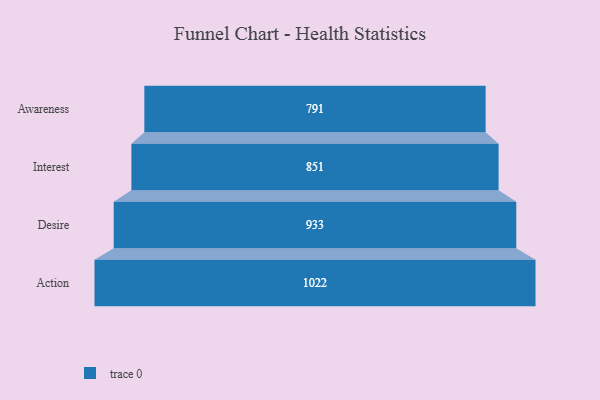
{"axis": {"x": "Stage", "y": "Value"}, "legend": [""], "data": [{"x": "Awareness", "y": 791.0, "type": ""}, {"x": "Interest", "y": 851.0, "type": ""}, {"x": "Desire", "y": 933.0, "type": ""}, {"x": "Action", "y": 1022.0, "type": ""}]}